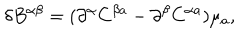
LaTeX: \delta B ^ { \alpha \beta } = ( \partial ^ { \alpha } C ^ { \beta a } - \partial ^ { \beta } C ^ { \alpha a } ) \mu _ { a } ,